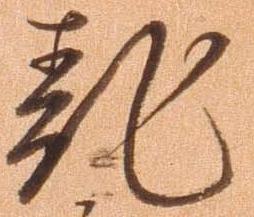
乱